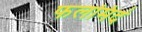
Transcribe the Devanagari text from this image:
फलमिदं